Lunatic asylums Punjab 1911-1921 - 1911-1921
Year: 1911
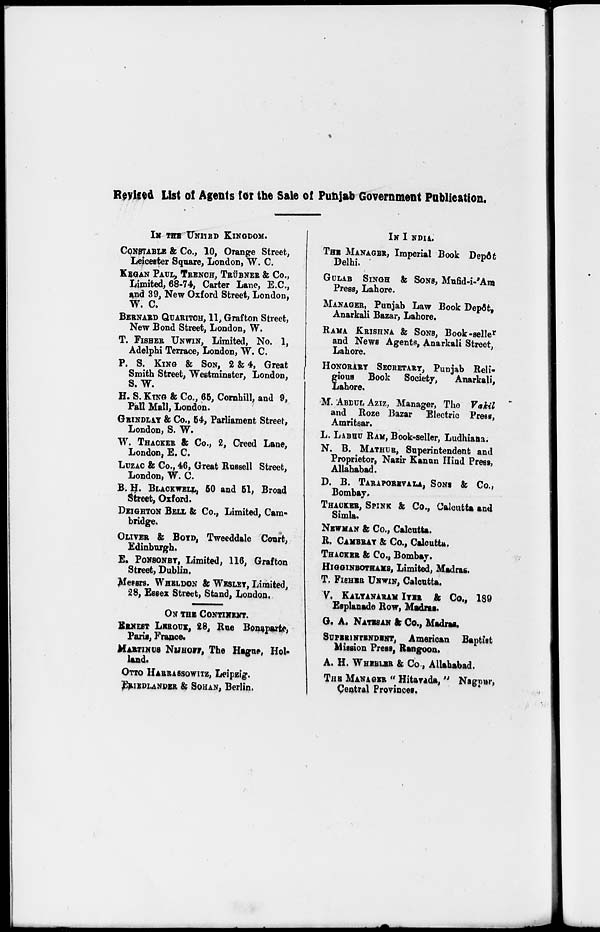
Revised List of Agents for the Sale of Punjab Government Publication,
IN THE UNITED KINGDOM.
CONSTABLE & Co., 10, Orange Street,
Leicester Square, London, W. C.
KEGAN PAUL, TRENCH, TRÜBNER & Co.,
Limited, 68-74, Carter Lane, E.C.,
and 39, New Oxford Street, London,
W. C.
BERNARD QUARITCH, 11, Grafton Street,
New Bond Street, London, W.
T. FISHER UNWIN, Limited, No. 1,
Adelphi Terrace, London, W. C.
P. S. KING & SON, 2 & 4, Great
Smith Street, Westminster, London,
S. W.
H. S. KING & Co., 65, Cornhill, and 9,
Pall Mall, London.
GRINDLAY & Co., 54, Parliament Street,
London, S. W.
W. THACKER & Co., 2, Creed Lane,
London, E. C.
LUZAC & Co., 46, Great Russell Street,
London, W. C.
B. H. BLACKWELL, 50 and 51, Broad
Street, Oxford.
DEIGHTON BELL & Co., Limited, Cam-
bridge.
OLIVER & BOYD, Tweeddale Court,
Edinburgh.
E. PONSONBY, Limited, 116, Grafton
Street, Dublin.
Messrs. WHELDON & WESLEY, Limited,
28, Essex Street, Stand, London,
ON THE CONTINENT.
ERNEST LEROUX, 28, Rue Bonaparte,
Paris, France.
MARTINUS NIJHOFF, The Hague, Hol-
land.
OTTO HARRASSOWITZ, Leipzig.
FRIEDLANDER & SOHAN, Berlin.
IN INDIA.
THE MANAGER, Imperial Book Depôt
Delhi.
GULAB SINGH & SONS, Mufid-i-'Am
Press, Lahore.
MANAGER, Punjab Law Book Depôt,
Anarkali Bazar, Lahore.
RAMA KRISHNA & SONS, Book-seller
and News Agents, Anarkali Street,
Lahore.
HONORARY SECRETARY, Punjab Reli-
g ious Book Society, Anarkali,
Lahore.
M. ABDUL AZIZ, Manager, The Vakil
and Roze Bazar Electric Press,
Amritsar.
L. LABHU RAM, Book-seller, Ludhiana.
N. B. MATHUR, Superintendent and
Proprietor, Nazir Kanun Hind Press,
Allahabad.
D. B. TARAPOREVALA, SONS & Co.,
Bombay.
THACKER, SPINK & Co., Calcutta and
Simla.
NEWMAN & Co., Calcutta.
R. CAMBRAY & Co., Calcutta.
THACKER & Co., Bombay.
HIGGINBOTHAMS,
Limited, Madras.
T. FISHER UNWIN, Calcutta.
V. KALYANARAM IYER & Co., 189
Esplanade Row, Madras.
G. A. NATESAN & Co., Madras.
SUPERNINTENDENT,
American Baptist
Mission Press, Rangoon.
A. H. WHEELER & Co., Allahabad.
THE MANAGER " Hitavada, " Nagpur,
Central Provinces.